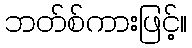
ဘတ်စ်ကားဖြင့်။